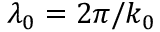
\lambda _ { 0 } = 2 \pi / k _ { 0 }